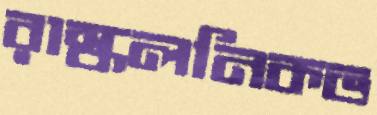
রাস্কলনিকভ